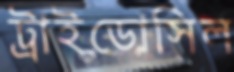
ট্রাইডোসিল